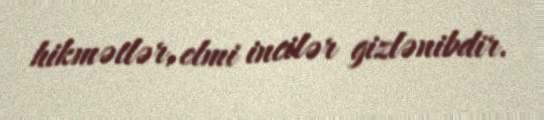
hikmətlər, elmi incilər gizlənibdir.